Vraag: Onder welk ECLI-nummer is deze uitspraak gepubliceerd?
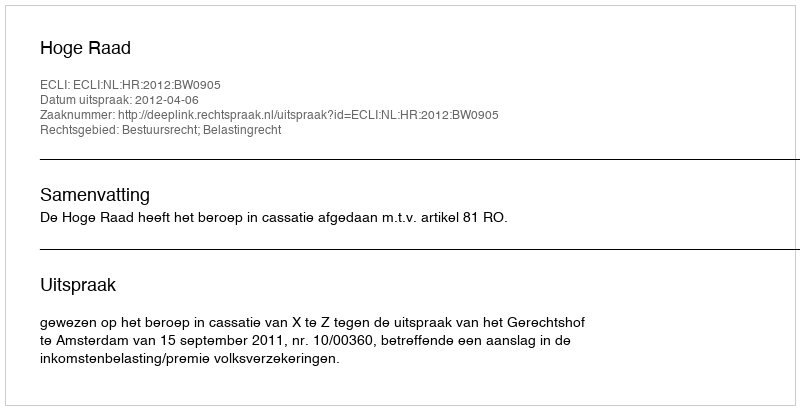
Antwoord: ECLI:NL:HR:2012:BW0905